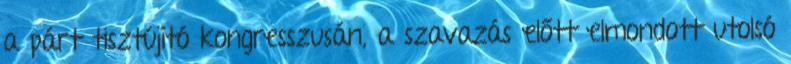
a párt tisztújító kongresszusán, a szavazás előtt elmondott utolsó